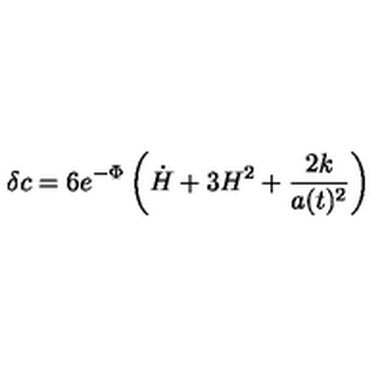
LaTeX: \delta c = 6 e ^ { - \Phi } \left( { \dot { H } } + 3 H ^ { 2 } + \frac { 2 k } { a ( t ) ^ { 2 } } \right)